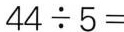
$$44\div5=$$